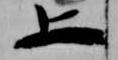
上